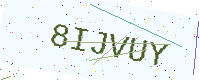
Text: 8IJVUY